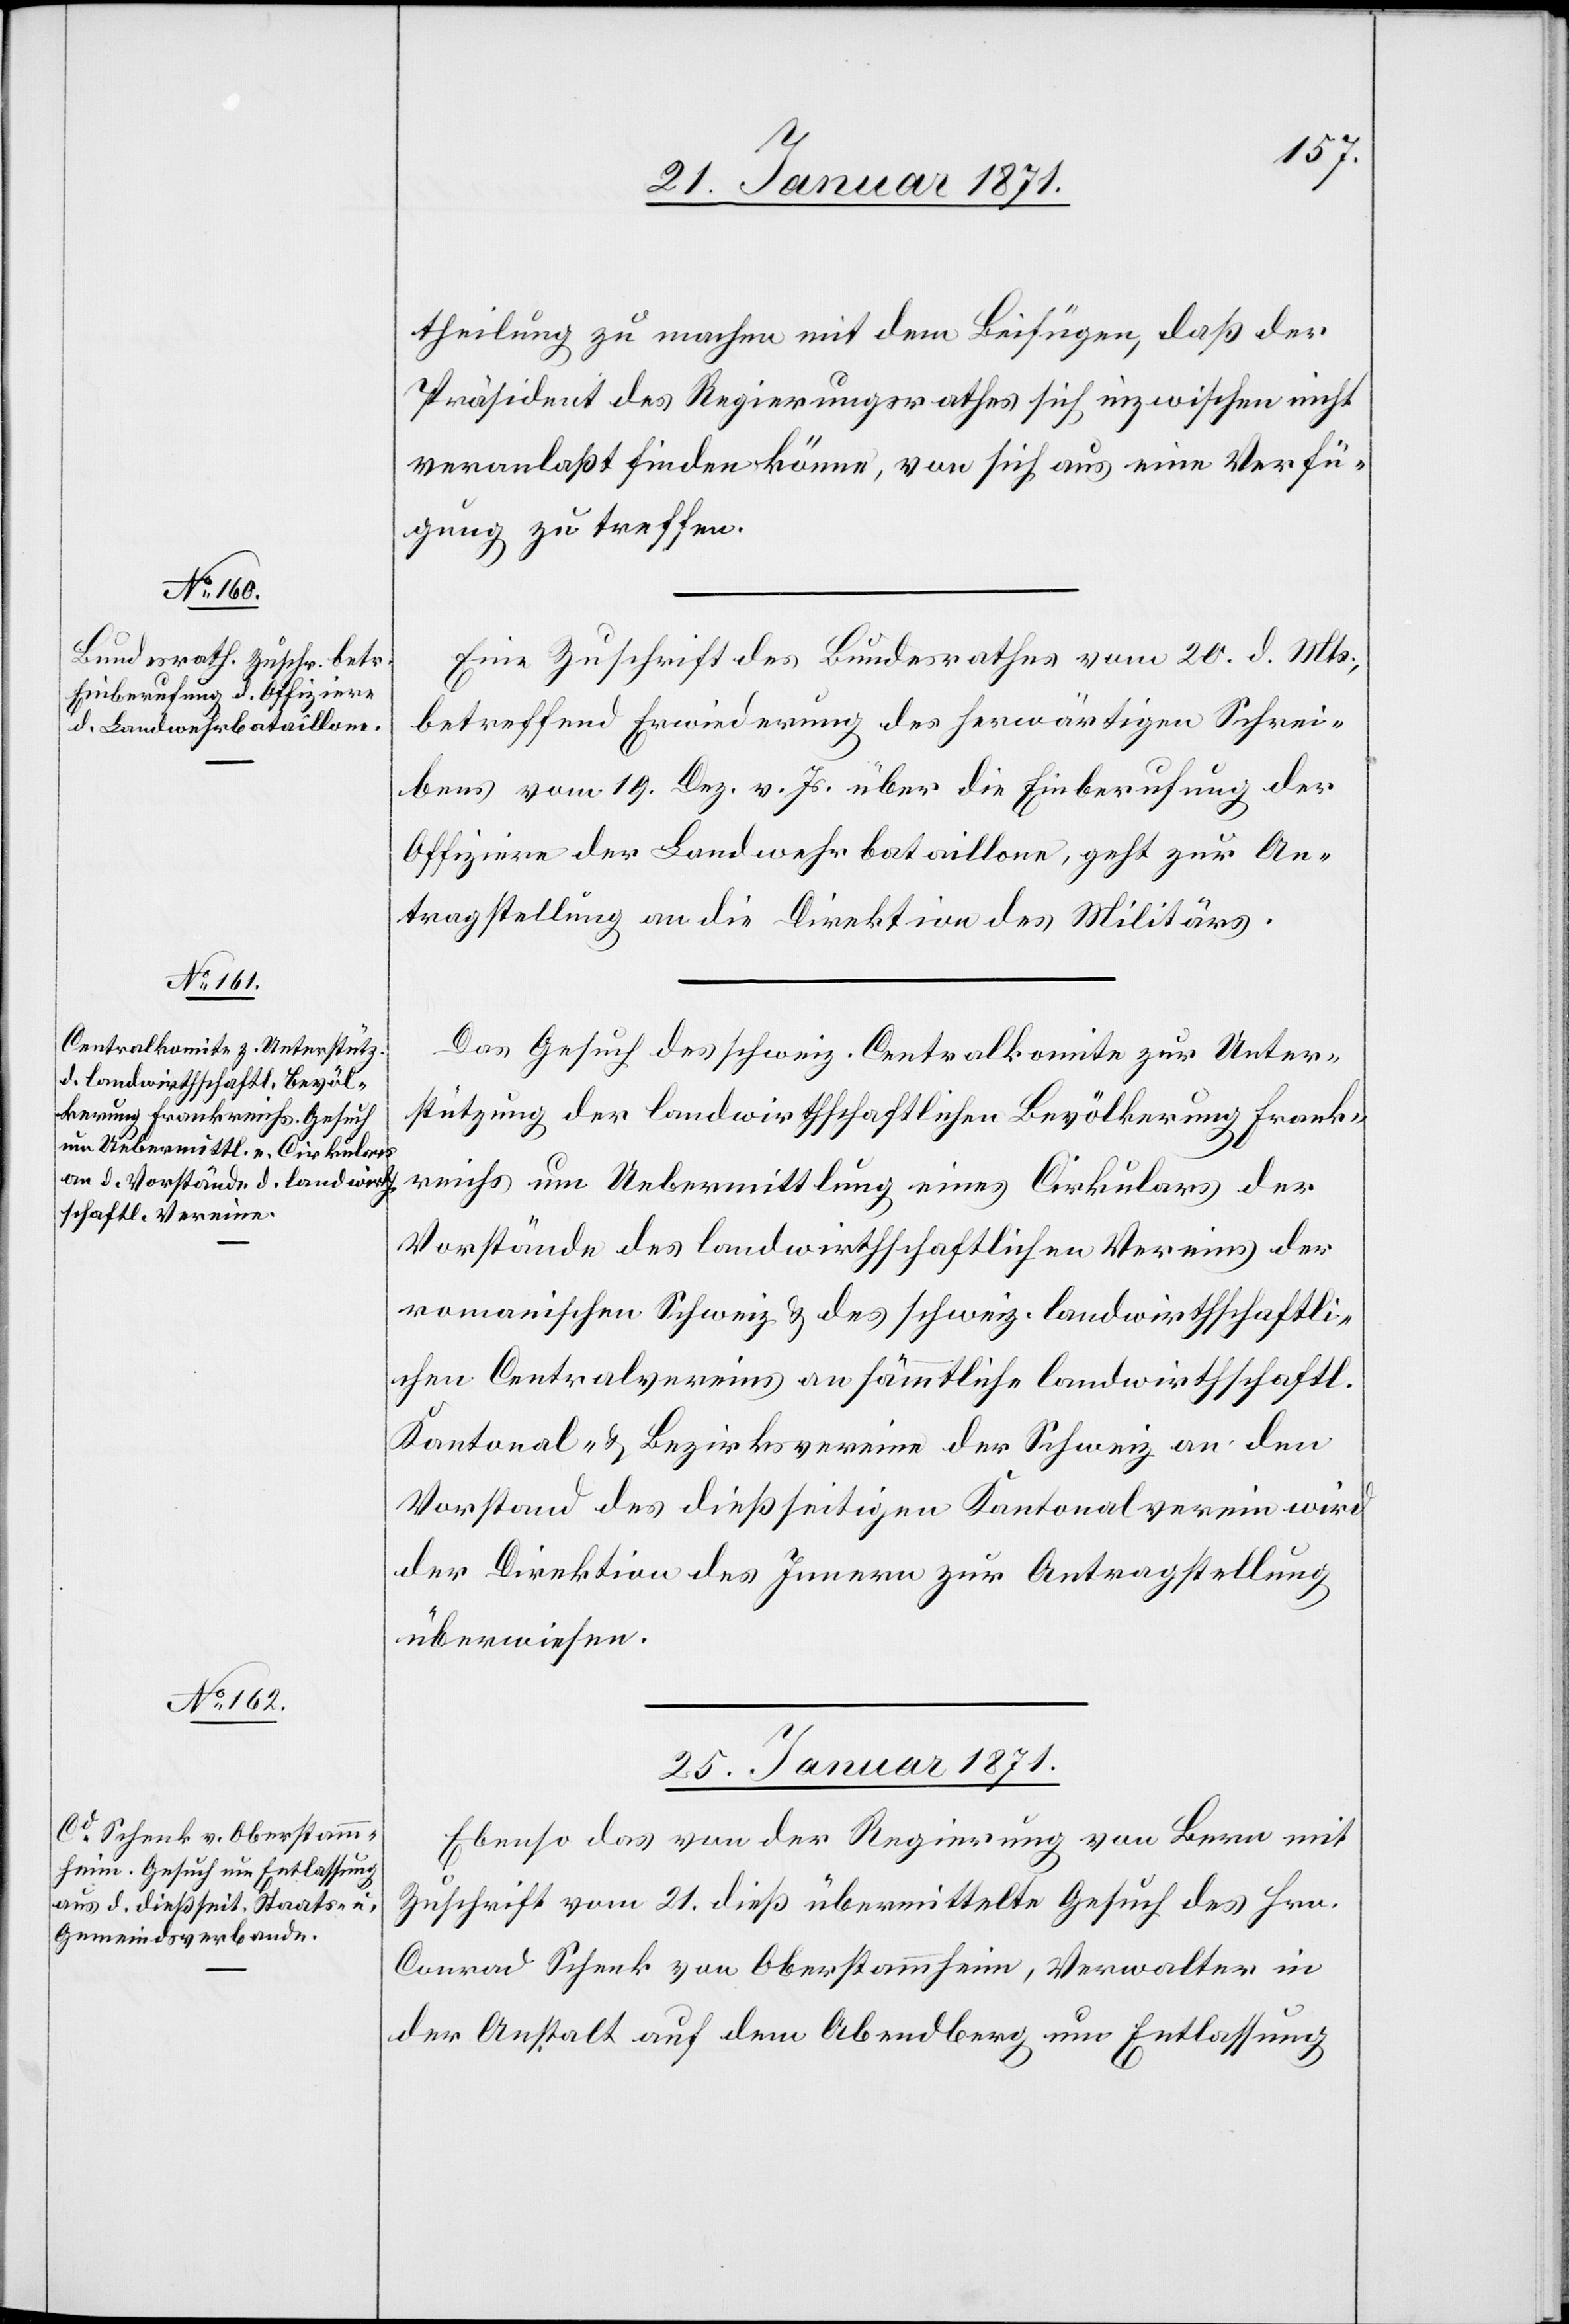
24. Januar 1871.]
theilung zu machen mit dem Beifügen, daß der
Präsident des Regierungsrathes sich inzwischen nicht
veranlaßt finden könne, von sich aus eine Verfü¬
gung zu treffen.
Eine Zuschrift des Bundesrathes vom 20. d. Mts.,
betreffend Erwiederung des herwärtigen Schrei¬
bers vom 19. Dez. v. Js. über die Einberufung der
Offiziere der Landwehrbataillone, geht zur An¬
tragstellung an die Direktion des Militärs.
Das Gesuch des schweiz. Centralkomite zur Unter¬
stützung der landwirthschaftlichen Bevölkerung Frank¬
reichs um Uebermittlung eines Cirkulars der
Vorstände des landwirthschaftlichen Vereins der
romanischen Schweiz u. des schweiz. landwirthschaftli¬
chen Centralvereins an sämmtliche landwirthschaftl.
Kantonal- u. Bezirksvereine der Schweiz an den
Vorstand des dießseitigen Kantonalverein wird
der Direktion des Innern zur Antragstellung
überwiesen.
25. Januar 1871.
Ebenso das von der Regierung von Bern mit
Zuschrift vom 21. dieß übermittelte Gesuch des Hrn.
Conrad Schenk von Oberstammheim, Verwalter in
der Anstalt auf dem Abendberg um Entlassung